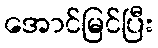
အောင်မြင်ပြီး